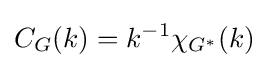
C_{G}(k)=k^{-1}\chi _{G^{*}}(k)